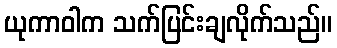
ယုကာဝါက သက်ပြင်းချလိုက်သည်။